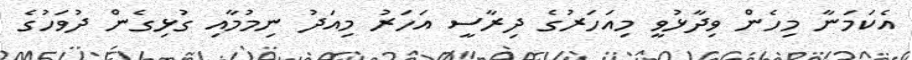
އެކަމަނާ މިހެން ވިދާޅުވީ މިއަހަރުގެ ދިރާސީ އަހަރު މިއަދު ނިމުމާއި ގުޅިގެން ދުވަހުގެ